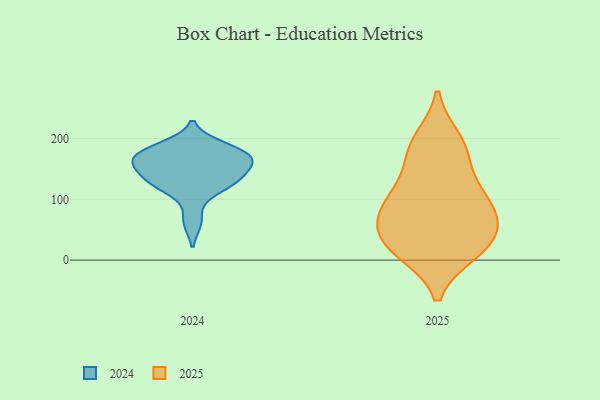
{"axis": {"x": "Headcount", "y": "Value"}, "legend": ["2024", "2025"], "data": [{"x": "", "y": 15, "type": "2025"}, {"x": "", "y": 197, "type": "2025"}, {"x": "", "y": 29, "type": "2025"}, {"x": "", "y": 46, "type": "2025"}, {"x": "", "y": 114, "type": "2025"}, {"x": "", "y": 36, "type": "2025"}, {"x": "", "y": 14, "type": "2025"}, {"x": "", "y": 75, "type": "2025"}, {"x": "", "y": 81, "type": "2025"}, {"x": "", "y": 85, "type": "2025"}, {"x": "", "y": 185, "type": "2025"}, {"x": "", "y": 111, "type": "2025"}, {"x": "", "y": 169, "type": "2025"}, {"x": "", "y": 64, "type": "2024"}, {"x": "", "y": 118, "type": "2024"}, {"x": "", "y": 161, "type": "2024"}, {"x": "", "y": 123, "type": "2024"}, {"x": "", "y": 139, "type": "2024"}, {"x": "", "y": 171, "type": "2024"}, {"x": "", "y": 168, "type": "2024"}, {"x": "", "y": 131, "type": "2024"}, {"x": "", "y": 149, "type": "2024"}, {"x": "", "y": 179, "type": "2024"}, {"x": "", "y": 171, "type": "2024"}, {"x": "", "y": 187, "type": "2024"}]}